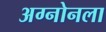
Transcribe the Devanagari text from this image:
अग्नोनला